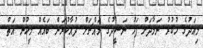
މިއަދުގެ ހުކުރު ނަމާދަށް ފަހު ނަޝީދުގެ މައްޗަށް ދުއާކުރަން ބައެއް މީހުން އަތް